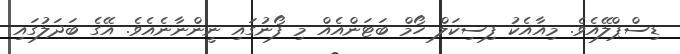
ޑިސްޕްލޭއެވެ. މިއާއެކު ފިސިކަލް ހޯމް ބަޓަންއެއް މި ފޯނުގައި ނީންނާނެއެވެ. އޭގެ ބަދަލުގައި